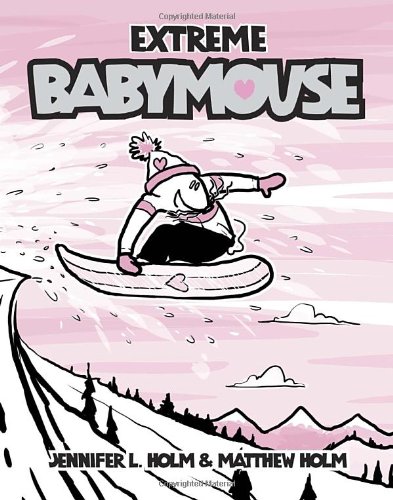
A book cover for Babymouse #17: Extreme Babymouse; Jennifer L. Holm; Children's Books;